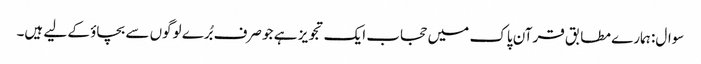
سوال: ہمارے مطابق قرآن پاک میں حجاب ایک تجویز ہے جو صرف بُرے لوگوں سے بچاؤ کے لیے ہیں۔